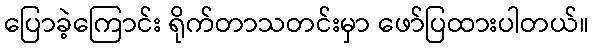
ပြောခဲ့ကြောင်း ရိုက်တာသတင်းမှာ ဖော်ပြထားပါတယ်။